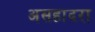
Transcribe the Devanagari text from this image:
असहादरा